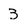
Character: 3